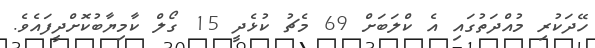
ހޭދަކުރި މުއްދަތުގައި އެ ކްލަބަށް 69 މެޗު ކުޅެދީ 15 ގޯލް ކާމިޔާބުކޮށްދީފައެވެ.